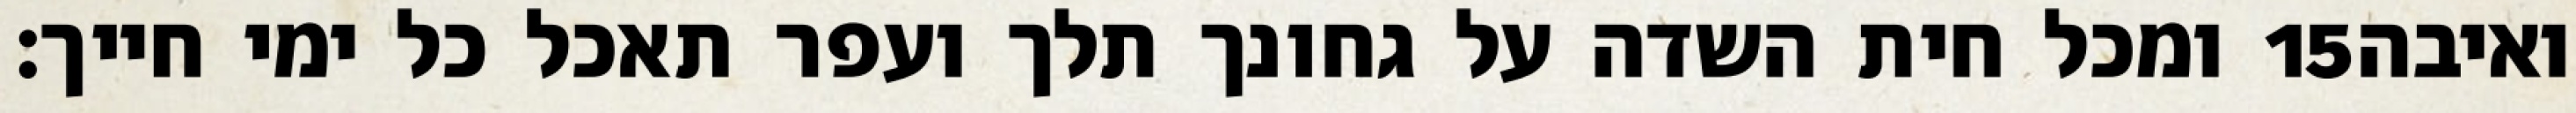
ומכל חית השדה על גחונך תלך ועפר תאכל כל ימי חייך׃ ‎15‏ ואיבה